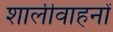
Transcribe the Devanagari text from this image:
शालीवाहनों